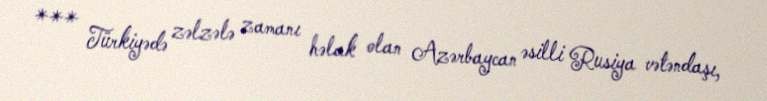
*** Türkiyədə zəlzələ zamanı həlak olan Azərbaycan əsilli Rusiya vətəndaşı,